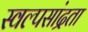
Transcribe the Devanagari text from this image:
स्वल्पसांद्रता